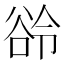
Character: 𬤲